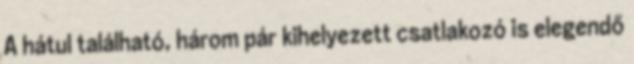
A hátul található, három pár kihelyezett csatlakozó is elegendő